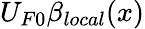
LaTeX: U_{F0}\beta_{local}(x)